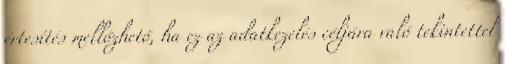
értesítés mellőzhető, ha ez az adatkezelés céljára való tekintettel